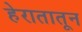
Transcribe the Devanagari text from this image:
हेरातातून